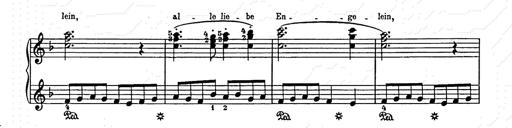
Title: Weihnachtsbaum
Composer: Franz Liszt